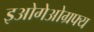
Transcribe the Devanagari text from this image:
इओगेओग्रफ्य